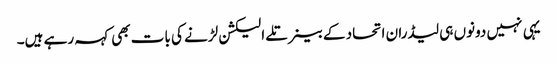
یہی نہیں دونوں ہی لیڈران اتحاد کے بینر تلے الیکشن لڑنے کی بات بھی کہہ رہے ہیں۔